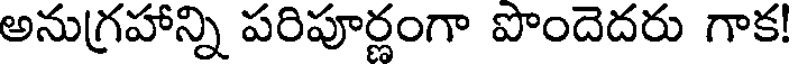
అనుగ్రహాన్ని పరిపూర్ణంగా పొందెదరు గాక!